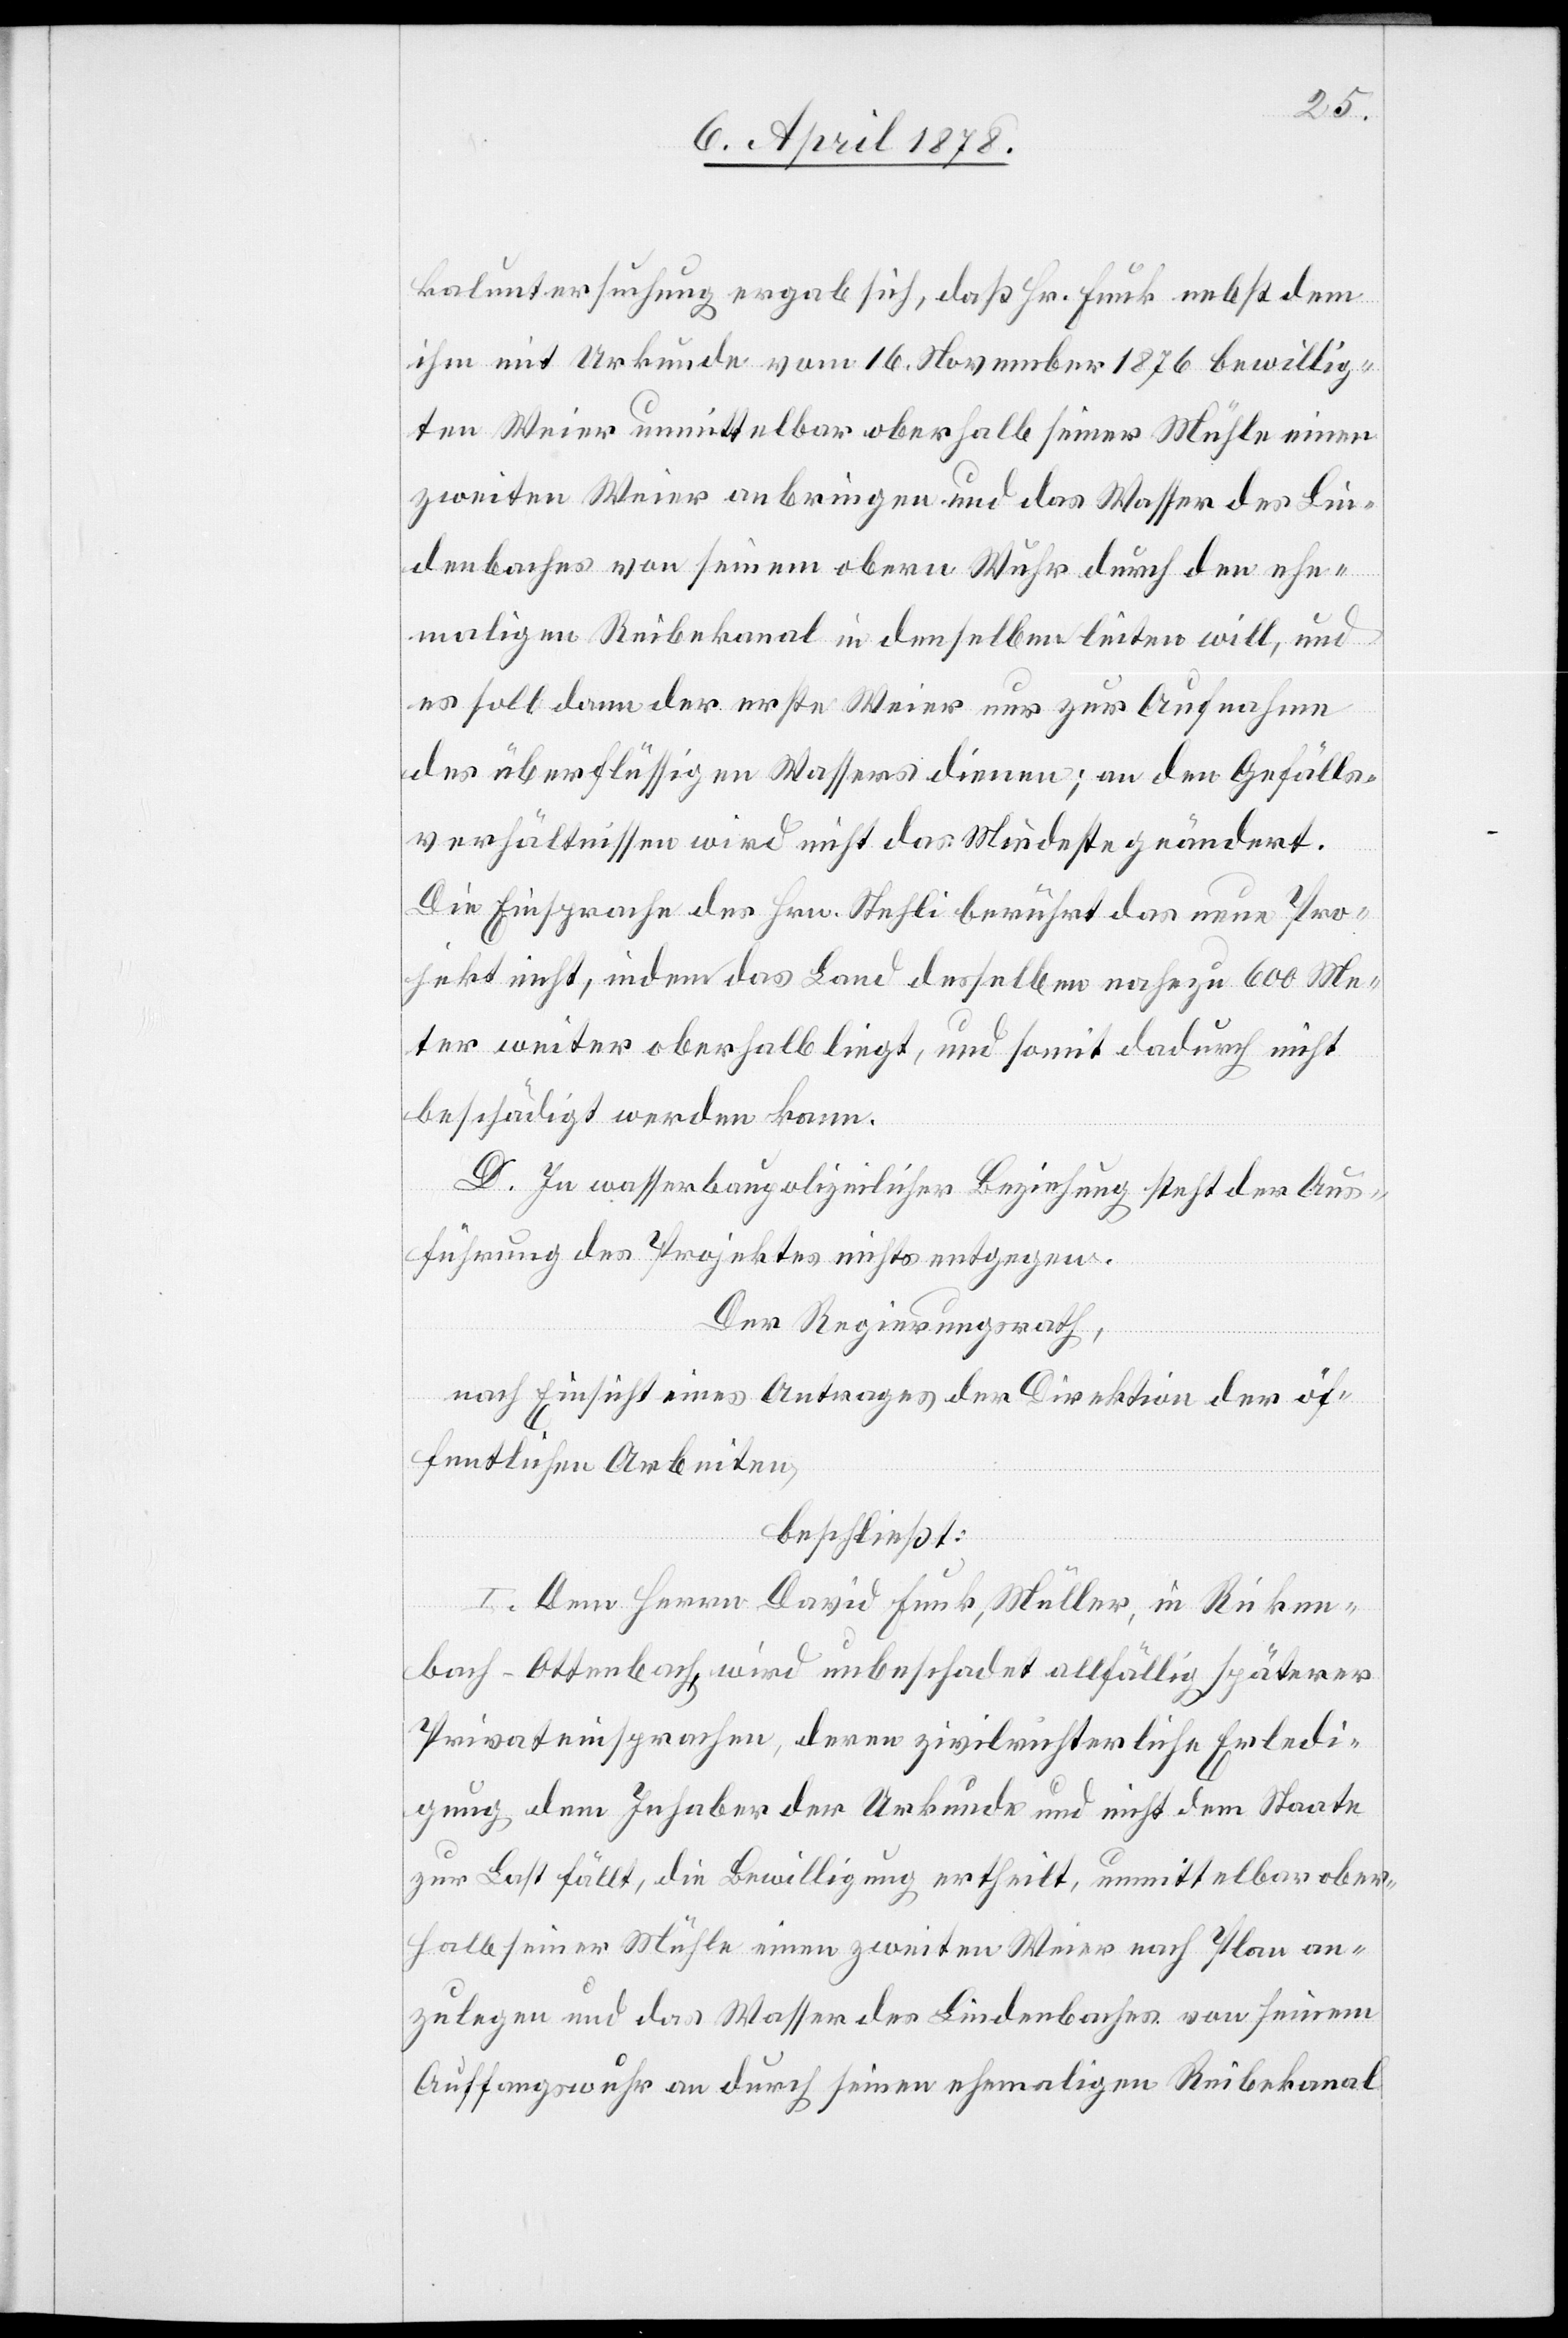
kaluntersuchung ergab sich, daß Hr. Funk nebst dem
ihm mit Urkunde vom 16. November 1876 bewillig¬
ten Weier unmittelbar oberhalb seiner Mühle einen
zweiten Weier anbringen und das Wasser des Lin¬
denbaches von seinem obern Wuhr durch den ehe¬
maligen Reibekanal in denselben leiten will, und
es soll dann der erste Weier nur zur Aufnahme
des überflüssigen Wassers dienen; an den Gefälls¬
verhältnissen wird nicht das Mindeste geändert.
Die Einsprache des Hrn. Stehli berührt das neue Pro¬
jekt nicht, indem das Land desselben nahezu 600 Me¬
ter weiter oberhalb liegt, und somit dadurch nicht
beschädigt werden kann.
D. In wasserbaupolizeilicher Beziehung steht der Aus¬
führung des Projektes nichts entgegen.
Der Regierungsrath,
nach Einsicht eines Antrages der Direktion der öf¬
fentlichen Arbeiten,
beschließt:
I. Dem Herrn David Funk, Müller, in Ricken¬
bach - Ottenbach, wird unbeschadet allfällig späterer
Privateinsprachen, deren zivilrichterliche Erledi¬
gung dem Inhaber der Urkunde und nicht dem Staate
zur Last fällt, die Bewilligung ertheilt, unmittelbar ober¬
halb seiner Mühle einen zweiten Weier nach Plan an¬
zulegen und das Wasser des Lindenbaches von seinem
Auffangswuhr an durch seinen ehemaligen Reibekanal